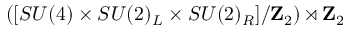
\left( [ S U ( 4 ) \times S U ( 2 ) _ { L } \times S U ( 2 ) _ { R } ] / \mathbf { Z } _ { 2 } \right) \rtimes \mathbf { Z } _ { 2 }